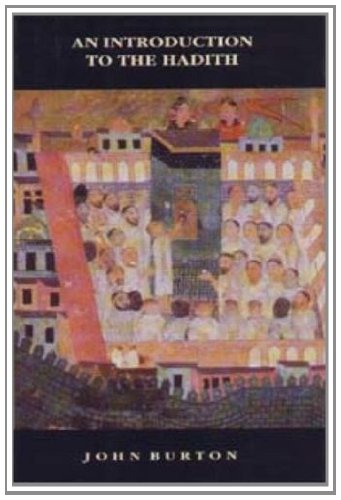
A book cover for An Introduction to the Hadith (The New Edinburgh Islamic Surveys); John Burton; Religion & Spirituality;